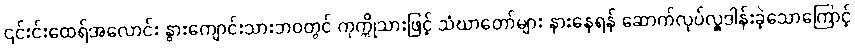
၎င်းင်းထေရ်အလောင်း နွားကျောင်းသားဘဝတွင် ကုက္ကိုသားဖြင့် သံဃာတော်များ နားနေရန် ဆောက်လုပ်လှူဒါန်းခဲ့သောကြောင့်